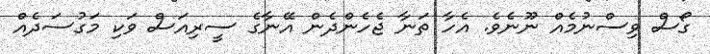
ގޯސް ވިސްނުމެއް ނޫނެވެ. އެހާ ތަނާ ޖެހެންދެން އޭނާގެ ސީރިއަސް ވަކި މަގުސަދެއް